Annual report on the working of the lock hospitals in the Central Provinces
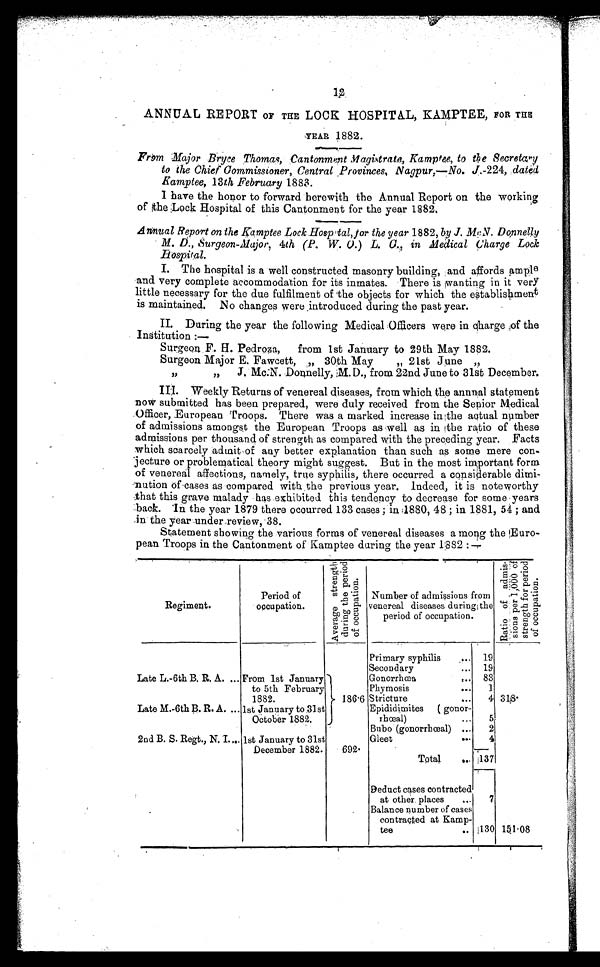
12
ANNUAL REPORT OF THE LOCK HOSPITAL, KAMPTEE, FOR THE
YEAR 1882.
From Major Bryce Thomas, Cantonment Magistrate, Kamptee, to the Secretary
to the Chief Commissioner, Central Provinces, Nagpur, —No. J.-224, dated
Kamptee, 13th February 1883.
I have the honor to forward herewith the Annual Report on the working
of the Lock Hospital of this Cantonment for the year 1882.
Annual Report on the Kamptee Lock Hospital, for the year 1882, by J. McN. Donnelly
M. D., Surgeon-Major, 4th (P. W. O.) L. C., in Medical Charge Lock
Hospital.
I. The hospital is a well constructed masonry building, and affords ample
and very complete accommodation for its inmates. There is wanting in it very
little necessary for the due fulfilment of the objects for which the establishment
is maintained. No changes were introduced during the past year.
II. During the year the following Medical Officers were in charge of the
Institution :—
Surgeon F. H. Pedroza, from 1st January to 29th May 1882
.
Surgeon Major E. Fawcett, „ 30th May „ 21st June
,,
J. Mc:N. Donnelly, M. D., from 22nd June to 31st December.
III. Weekly Returns of venereal diseases, from which the annual statement
now submitted has been prepared, were duly received from the Senior Medical
Officer, European Troops. There was a marked increase in the actual number
of admissions amongst the European Troops as well as in the ratio of these
admissions per thousand of strength as compared with the preceding year. Facts
which scarcely admit of any better explanation than such as some mere con
jecture or problematical theory might suggest. But in the most important form
of venereal affections, namely, true syphilis, there occurred a considerable dimi
nution of cases as compared with the previous year. Indeed, it is noteworthy
that this grave malady has exhibited this tendency to decrease for someyears
back. In the year 1879 there occurred 133 cases ; in 1880, 48 ; in 1881, 54 ; and
in the year under review, 38.
Statement showing the various forms of venereal diseases a mong the Euro
pean Troops in the Cantonment of Kamptee during the year 1882:—
Regiment.
Period of
occupation.
A v e r a g e s t r e n g t h d u r i n g t h e p e r i o d o f o c c u p a t i o n .
Number of admissions from veneral diseases during the period of occupation.
R a t i o n o f a d m i s s i o u s p e r 1 , 0 0 0 o f s t r e n g t h f o r p e r i o d o f o c c u p a t i o n .
Primary syphilis
.... 19
Secondary
... 19
Late L.-6th B. R. A. ... From 1st January
to 5th February
1882.
Gonorrhœa
,.. 83
Phymosis
. . . 1
186.6 Stricture
...
4 318·
Late M.-6th B. R. A. ... 1st January to 31st
October 1882.
Epididimites (gonor
rhœal)
...
5
Bubo (gonorrhœal) ...
2
2nd B. S. Regt., N. I.... 1st January to 31st
December 1882.
Gleet
. . . 4
692·
Total
... 137
Deduct cases contracted
at other places
...
7
Balance number of cases
contracted at Kamp
tee
.. 130 151.08